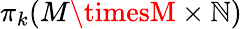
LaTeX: \pi_{k}(M\timesM\times\mathbb{N})